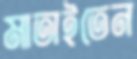
মাতাইতেন